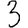
Digit: 3